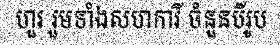
ហួរ រួមទាំងសហការី ចំនួនបីរូប